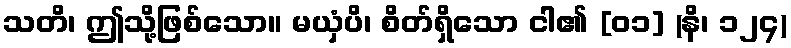
သတိ၊ ဤသို့ဖြစ်သော။ မယှံပိ၊ စိတ်ရှိသော ငါ၏ [၀၁] (နိ၊ ၁၂၄)